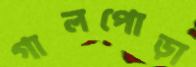
গালপোড়া